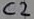
Text: C2